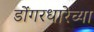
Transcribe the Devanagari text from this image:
डोंगरधारेच्या